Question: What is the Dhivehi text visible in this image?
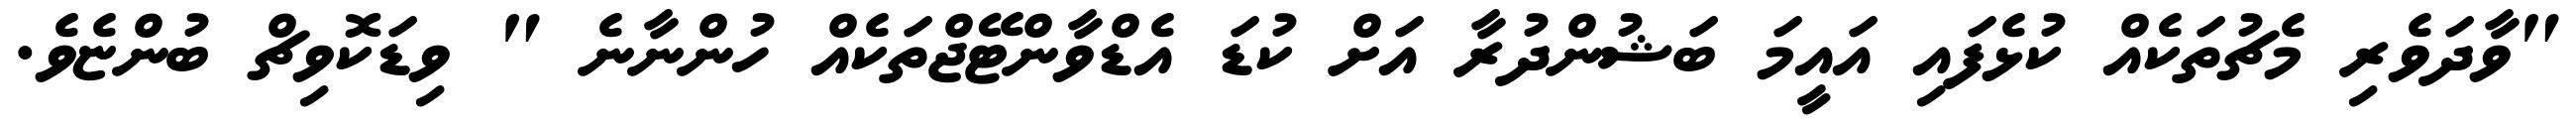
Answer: "ވާދަވެރި މެޗުތަކެއް ކުޅެފައި އައީމަ ބަޝުންދުރާ އަށް ކުޑަ އެޑްވާންޓޭޖްތަކެއް ހުންނާނެ " ވިޑަކޮވިޗް ބުންޏެވެ.